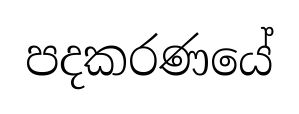
පදකරණයේ